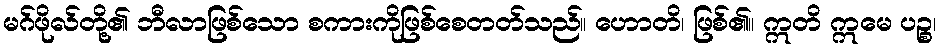
မဂ်ဖိုလ်တို့၏ ဘီလာဖြစ်သော စကားကိုဖြစ်စေတတ်သည်။ ဟောတိ၊ ဖြစ်၏။ ဣတိ ဣမေ ပဉ္စ၊